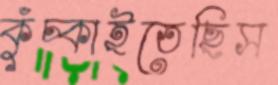
কুঁচ্‌কাইতেছিস